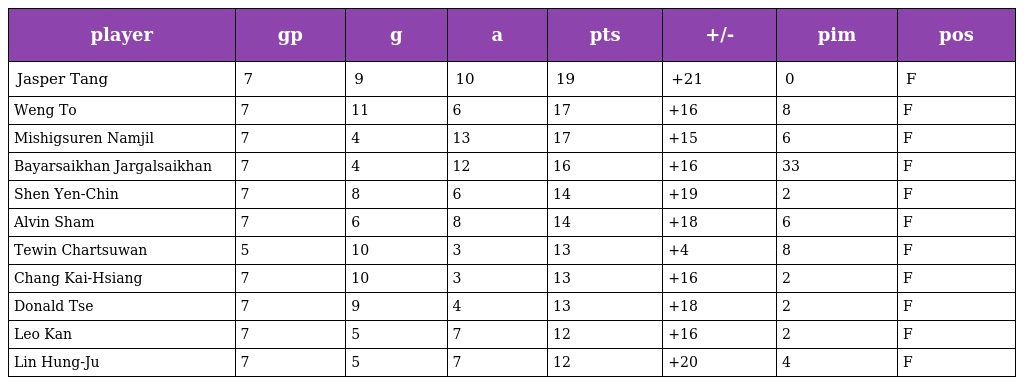
| player | gp | g | a | pts | +/- | pim | pos |
 | --- | --- | --- | --- | --- | --- | --- | --- |
 | Jasper Tang | 7 | 9 | 10 | 19 | +21 | 0 | F |
 | Weng To | 7 | 11 | 6 | 17 | +16 | 8 | F |
 | Mishigsuren Namjil | 7 | 4 | 13 | 17 | +15 | 6 | F |
 | Bayarsaikhan Jargalsaikhan | 7 | 4 | 12 | 16 | +16 | 33 | F |
 | Shen Yen-Chin | 7 | 8 | 6 | 14 | +19 | 2 | F |
 | Alvin Sham | 7 | 6 | 8 | 14 | +18 | 6 | F |
 | Tewin Chartsuwan | 5 | 10 | 3 | 13 | +4 | 8 | F |
 | Chang Kai-Hsiang | 7 | 10 | 3 | 13 | +16 | 2 | F |
 | Donald Tse | 7 | 9 | 4 | 13 | +18 | 2 | F |
 | Leo Kan | 7 | 5 | 7 | 12 | +16 | 2 | F |
 | Lin Hung-Ju | 7 | 5 | 7 | 12 | +20 | 4 | F |